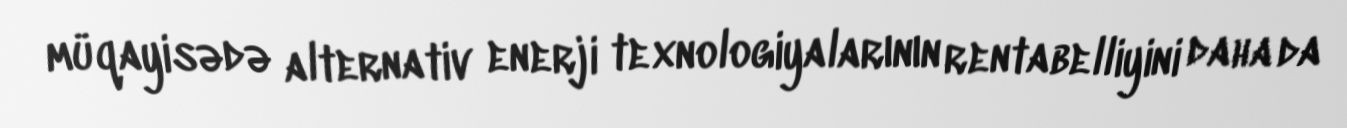
müqayisədə alternativ enerji texnologiyalarının rentabelliyini daha da